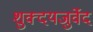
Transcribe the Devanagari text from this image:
शुक्दयजुर्वेद